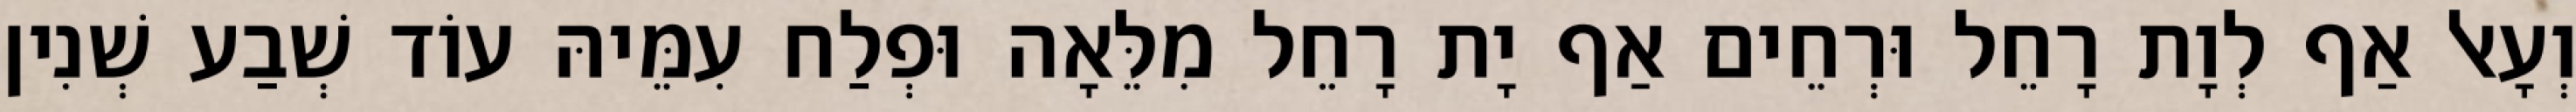
וְעָאל אַף לְוָת רָחֵל וּרְחֵים אַף יָת רָחֵל מִלֵּאָה וּפְלַח עִמֵּיהּ עוֹד שְׁבַע שְׁנִין